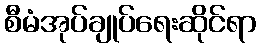
စီမံအုပ်ချုပ်ရေးဆိုင်ရာ